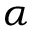
\alpha